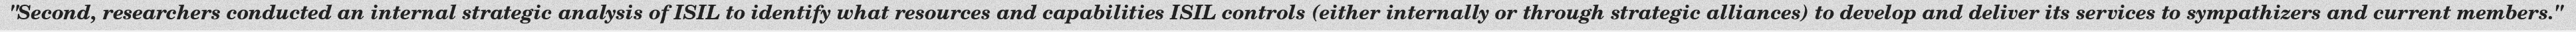
"Second, researchers conducted an internal strategic analysis of ISIL to identify what resources and capabilities ISIL controls (either internally or through strategic alliances) to develop and deliver its services to sympathizers and current members."